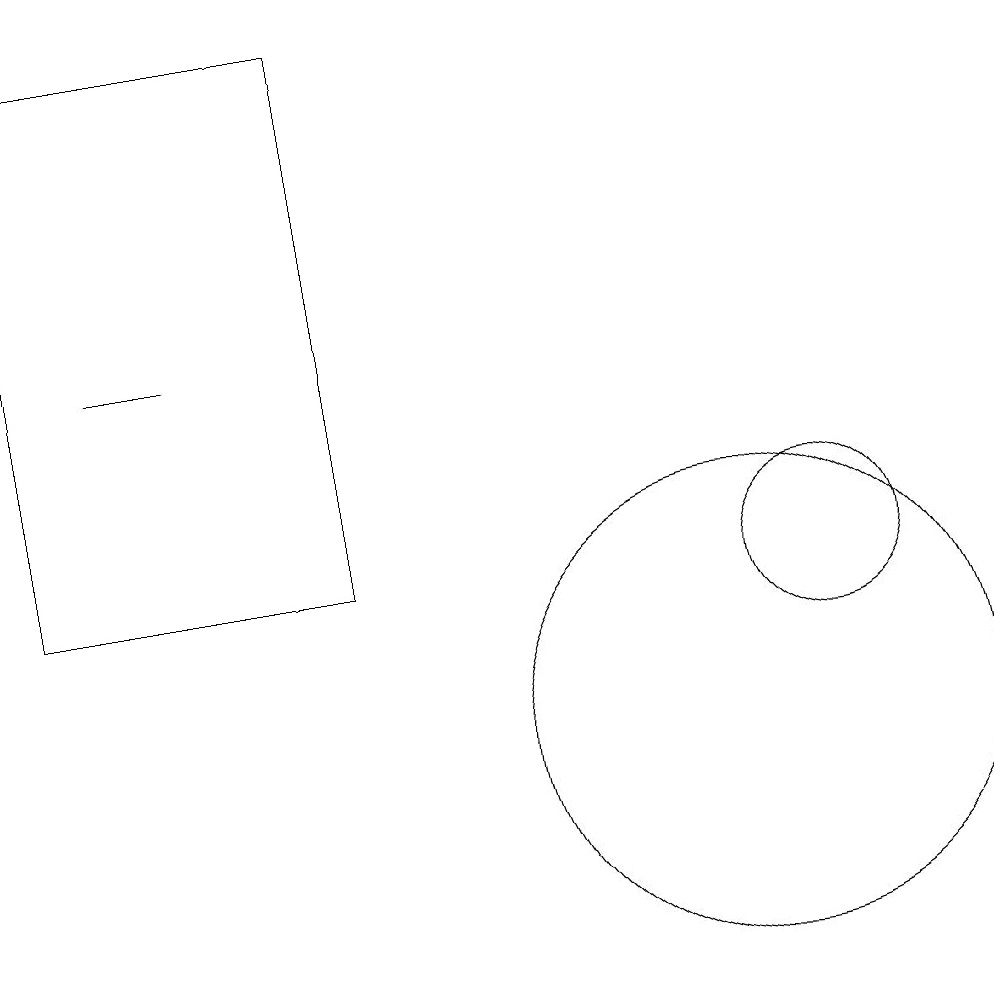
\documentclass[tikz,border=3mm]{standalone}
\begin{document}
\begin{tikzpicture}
\draw (2,15) rectangle (3,15);
\draw (10,10) circle (3);
\draw (1,12) rectangle (5,19);
\draw (11,12) circle (1);
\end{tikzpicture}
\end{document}